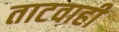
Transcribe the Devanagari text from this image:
ताटवाही